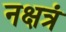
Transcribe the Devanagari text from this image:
नक्षत्रं